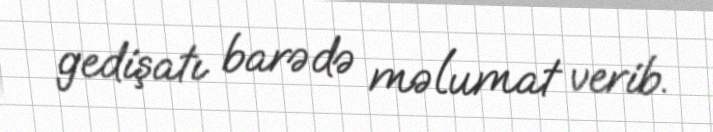
gedişatı barədə məlumat verib.